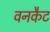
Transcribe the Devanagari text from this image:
वनकैट